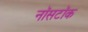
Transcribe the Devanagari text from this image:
नॉसटॉक